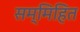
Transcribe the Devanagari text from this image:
सम्मिहित